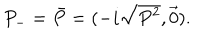
LaTeX: P _ { - } = \bar { P } = ( - i \sqrt { P ^ { 2 } } , \vec { 0 } ) .